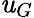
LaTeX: \mathit{u}_{G}